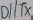
Text: D1/TX